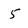
Character: 5